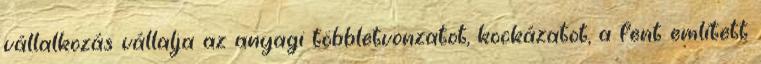
vállalkozás vállalja az anyagi többletvonzatot, kockázatot, a fent említett